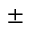
\pm